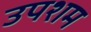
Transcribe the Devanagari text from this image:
उपशम